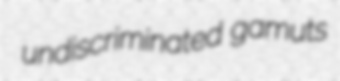
undiscriminated gamuts